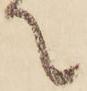
て